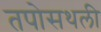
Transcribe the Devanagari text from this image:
तपोसथली